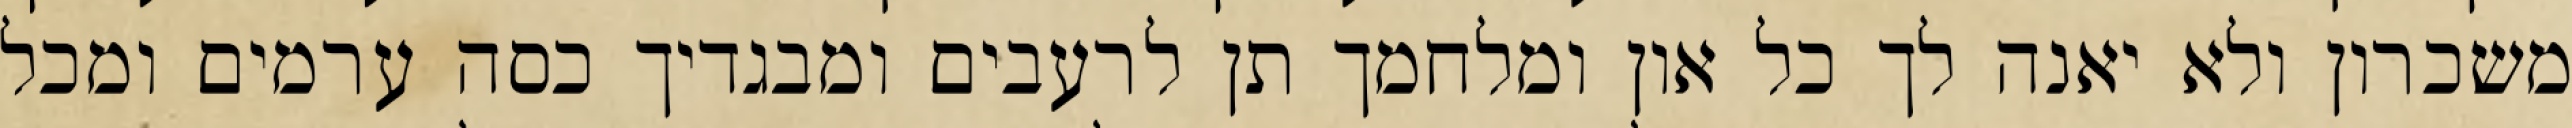
משכרון ולא יאנה לך כל און ומלחמך תן לרעבים ומבגדיך כסה ערמים ומכל